Annual report of the Civil Veterinary Department, Bengal, for the year 1896-97 - 1896-1897
Year: 1896
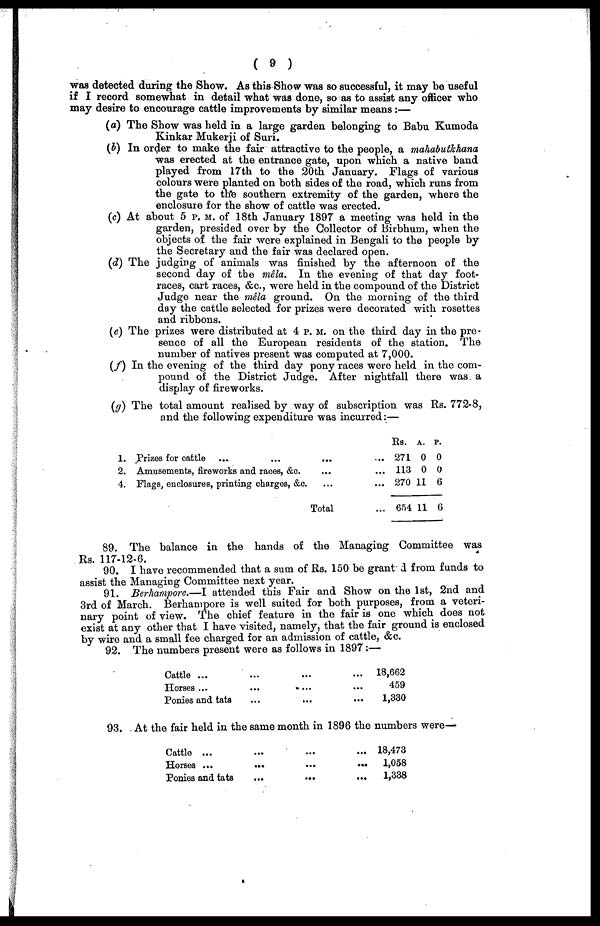
(9)
was detected during the Show. As this Show was so successful, it may be useful
if I record somewhat in detail what was done, so as to assist any officer who
may desire to encourage cattle improvements by similar means:—
(a) The Show was held in a large garden belonging to Babu Kumoda
Kinkar Mukerji of Suri.
(b) In order to make the fair attractive to the people, a mahabutkhana
was erected at the entrance gate, upon which a native band
played from 17th to the 20th January. Flags of various
colours were planted on both sides of the road, which runs from
the gate to the southern extremity of the garden, where the
enclosure for the show of cattle was erected.
(c) At about 5 P. M. of 18th January 1897 a meeting was held in the
garden, presided over by the Collector of Birbhum, when the
objects of the fair were explained in Bengali to the people by
the Secretary and the fair was declared open.
(d) The judging of animals was finished by the afternoon of the
second day of the mêla. In the evening of that day foot-
races, cart races, &c., were held in the compound of the District
Judge near the mêla ground. On the morning of the third
day the cattle selected for prizes were decorated with rosettes
and ribbons.
(e) The prizes were distributed at 4 p. M. on the third day in the pre-
sence of all the European residents of the station. The
number of natives present was computed at 7,000.
(f) In the evening of the third day pony races were held in the com-
pound of the District Judge. After nightfall there was. a
display of fireworks.
(g) The total amount realised by way of subscription was Rs. 772-8,
and the following expenditure was incurred:—
1.
2.
4.
Prizes for cattle ... ...
Amusements, fireworks and races, &c.
Flags, enclosures, printing charges, &c.
...
...
...
Total
...
...
...
...
Rs..
271
113
270
654
A.
0
0
11
11
P.
0
0
6
6
89. The balance in the hands of the Managing Committee was
Rs. 117-12-6.
90. I have recommended that a sum of Rs. 150 be granted from funds to
assist the Managing Committee next year.
91. Berhampore.—I attended this Fair and Show on the 1st, 2nd and
3rd of March. Berhampore is well suited for both purposes, from a veteri-
nary point of view. The chief feature in the fair is one which does not
exist at any other that I have visited, namely, that the fair ground is enclosed
by wire and a small fee charged for an admission of cattle, &c.
92. The numbers present were as follows in 1897:—
Cattle ...
Horses ...
Ponies and tats
...
...
...
...
...
...
...
...
...
18,662
459
1,330
93. At the fair held in the same month in 1896 the numbers were—
Cattle ...
Horses ...
Ponies and tats
...
...
...
...
...
...
...
...
...
18,473
1,058
1,338